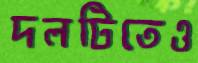
দলটিতেও